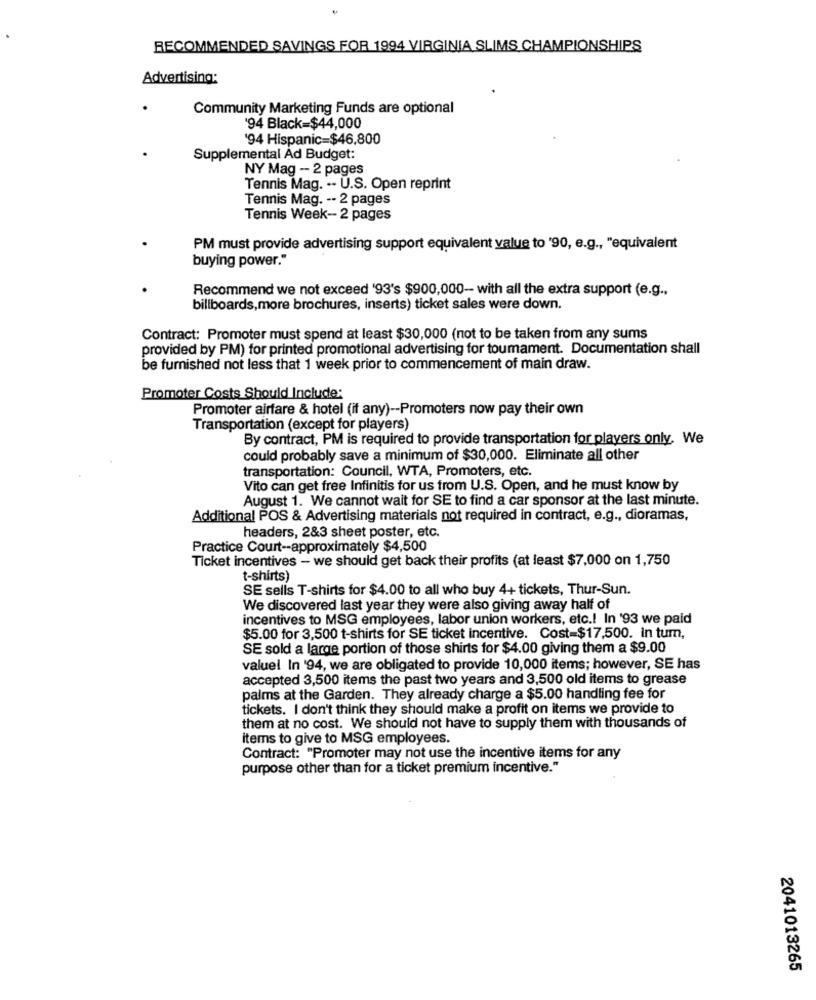
RECOMMENDED SAVINGS FOR 1994 VIRGINIA SLIMS CHAMPIONSHIPS
Advertising:
Community Marketing Funds are optional
'94 Black=$44,000
'94 Hispanic=$46,800
Supplemental Ad Budget:
NY Mag -- 2 pages
Tennis Mag. .- U.S. Open reprint
Tennis Mag. -- 2 pages
Tennis Week- 2 pages
PM must provide advertising support equivalent value to '90, e.g ., "equivalent
buying power."
Recommend we not exceed '93's $900,000- with all the extra support (e.g .,
billboards, more brochures, inserts) ticket sales were down.
Contract: Promoter must spend at least $30,000 (not to be taken from any sums
provided by PM) for printed promotional advertising for toumament. Documentation shall
be furnished not less that 1 week prior to commencement of main draw.
Promoter Costs Should Include:
Promoter airfare & hotel (if any) -- Promoters now pay their own
Transportation (except for players)
By contract, PM is required to provide transportation for players only. We
could probably save a minimum of $30,000. Eliminate all other
transportation: Council, WTA, Promoters, etc.
Vito can get free Infinitis for us from U.S. Open, and he must know by
August 1. We cannot wait for SE to find a car sponsor at the last minute.
Additional POS & Advertising materials not required in contract, e.g ., dioramas,
headers, 2&3 sheet poster, etc.
Practice Court -- approximately $4,500
Ticket incentives - we should get back their profits (at least $7,000 on 1,750
t-shirts)
SE sells T-shirts for $4.00 to all who buy 4+ tickets, Thur-Sun.
We discovered last year they were also giving away half of
incentives to MSG employees, labor union workers, etc .! In '93 we paid
$5.00 for 3,500 t-shirts for SE ticket incentive. Cost=$17,500. in tum,
SE sold a large portion of those shirts for $4.00 giving them a $9.00
valuel In '94, we are obligated to provide 10,000 items; however, SE has
accepted 3,500 items the past two years and 3,500 old items to grease
palms at the Garden. They already charge a $5.00 handling fee for
tickets. I don't think they should make a profit on items we provide to
them at no cost. We should not have to supply them with thousands of
items to give to MSG employees.
Contract: "Promoter may not use the incentive items for any
purpose other than for a ticket premium incentive."
2041013265